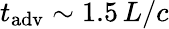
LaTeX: t_{\mathrm{adv}}\sim 1.5\, L/c